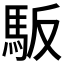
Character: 𲋴